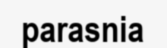
parasnia